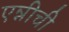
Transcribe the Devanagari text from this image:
एन्नीची